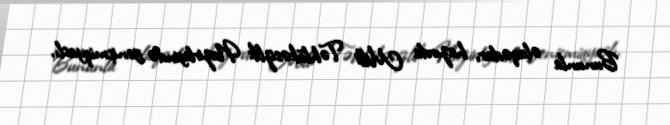
Bununla əlaqədar, hazırda Milli Təhlükəsizlik Nazirliyində genişmiqyaslı,